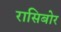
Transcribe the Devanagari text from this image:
रासिबोर